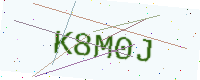
Text: K8M0J